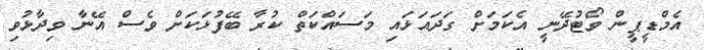
އެމްޑީޕީން ވޯޓުދޭނީ އެކަމަށް ގަދައަޅައި މަސައްކަތް ކުރާ ބޭފުޅަކަށް ވެސް އޭނާ ވިދާޅުވި